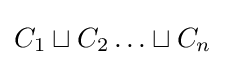
C_{1}\sqcup C_{2}\ldots \sqcup C_{n}